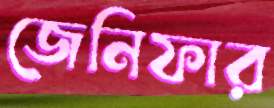
জেনিফার